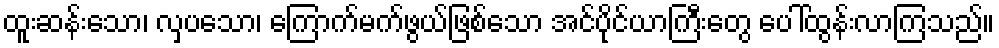
ထူးဆန်းသော၊ လှပသော၊ ကြောက်မက်ဖွယ်ဖြစ်သော အင်ပိုင်ယာကြီးတွေ ပေါ်ထွန်းလာကြသည်။